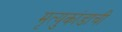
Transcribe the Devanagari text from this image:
मृत्युकांडाची